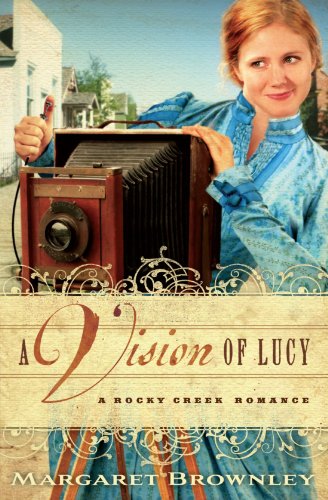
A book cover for A Vision of Lucy (A Rocky Creek Romance); Margaret Brownley; Christian Books & Bibles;